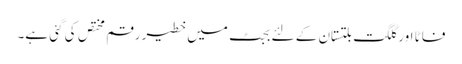
فاٹا اور گلگت بلتستان کے لئے بجٹ میں خطیر رقم مختص کی گئی ہے۔